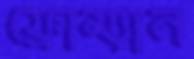
ফ্রোম্যান